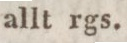
allt rgs.